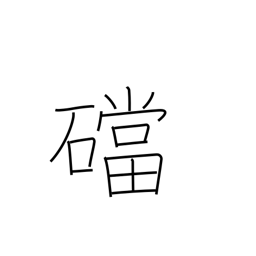
Meaning: base